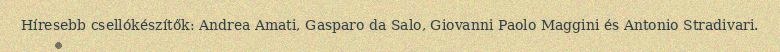
Híresebb csellókészítők: Andrea Amati, Gasparo da Salo, Giovanni Paolo Maggini és Antonio Stradivari.